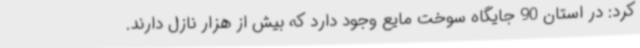
کرد: در استان 90 جایگاه سوخت مایع وجود دارد که بیش از هزار نازل دارند.